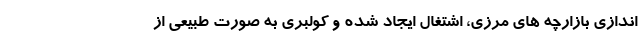
اندازی بازارچه های مرزی، اشتغال ایجاد شده و کولبری به صورت طبیعی از